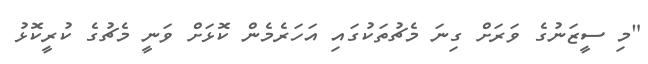
"މި ސީޒަނުގެ ވަރަށް ގިނަ މެޗުތަކުގައި އަހަރެމެން ކޮޅަށް ވަނީ މެޗުގެ ކުރީކޮޅު